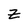
Character: Z